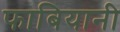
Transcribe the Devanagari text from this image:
फाबियानी